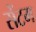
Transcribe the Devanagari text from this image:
सेंटम